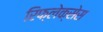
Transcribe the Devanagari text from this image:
रिफ्लेक्सेस